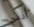
أنني